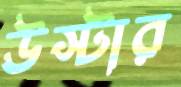
উস্টার